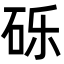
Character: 砾